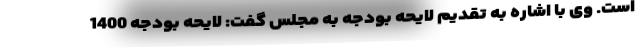
است. وی با اشاره به تقدیم لایحه بودجه به مجلس گفت: لایحه بودجه 1400